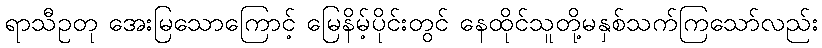
ရာသီဥတု အေးမြသောကြောင့် မြေနိမ့်ပိုင်းတွင် နေထိုင်သူတို့မနှစ်သက်ကြသော်လည်း